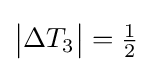
{\bigl |}\Delta T_{3}{\bigr |}={\tfrac {1}{2}}\